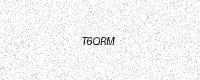
Text: T6QRM